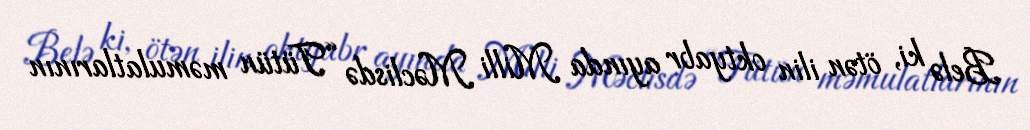
Belə ki, ötən ilin oktyabr ayında Milli Məclisdə “Tütün məmulatlarının